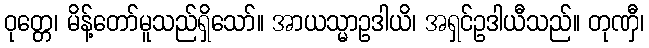
ဝုတ္တေ၊ မိန့်တော်မူသည်ရှိသော်။ အာယသ္မာဥဒါယိ၊ အရှင်ဥဒါယီသည်။ တုဏှီ၊